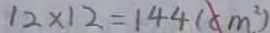
1 2 \times 1 2 = 1 4 4 ( c m ^ { 2 } )